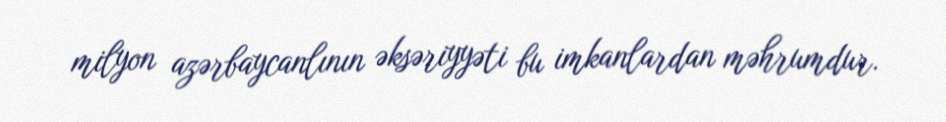
milyon azərbaycanlının əksəriyyəti bu imkanlardan məhrumdur.